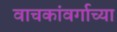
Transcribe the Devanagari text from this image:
वाचकांवर्गाच्या